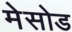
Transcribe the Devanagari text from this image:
मेसोड